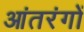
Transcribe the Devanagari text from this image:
आंतरंगों